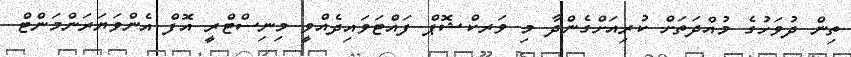
ތިން ދުވަހުގެ މުއްދަތަށް ކުރިއަށްގެންދާ މި ވަރކްޝޮޕް ފައްޓަވައިދެއްވީ މިނިސްޓްރީ އޮފް އެންވަޔަރަންމަންޓް